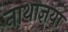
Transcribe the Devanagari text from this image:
नाथाज्ञया